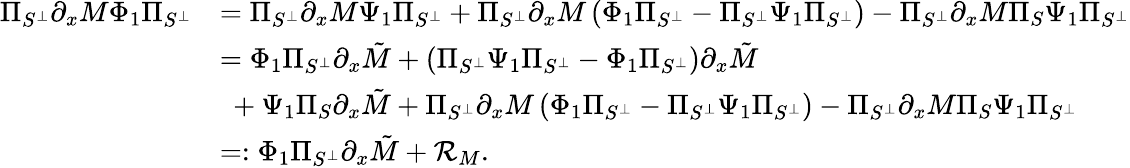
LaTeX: \begin{array}{rl}{\Pi_{S^{\perp}}\partial_{x}M\Phi_{1}\Pi_{S^{\perp}}}&{=\Pi_{S^{\perp}}\partial_{x}M\Psi_{1}\Pi_{S^{\perp}}+\Pi_{S^{\perp}}\partial_{x}M\left(\Phi_{1}\Pi_{S^{\perp}}-\Pi_{S^{\perp}}\Psi_{1}\Pi_{S^{\perp}}\right)-\Pi_{S^{\perp}}\partial_{x}M\Pi_{S}\Psi_{1}\Pi_{S^{\perp}}}\\ &{=\Phi_{1}\Pi_{S^{\perp}}\partial_{x}\tilde{M}+(\Pi_{S^{\perp}}\Psi_{1}\Pi_{S^{\perp}}-\Phi_{1}\Pi_{S^{\perp}})\partial_{x}\tilde{M}}\\ &{\ +\Psi_{1}\Pi_{S}\partial_{x}\tilde{M}+\Pi_{S^{\perp}}\partial_{x}M\left(\Phi_{1}\Pi_{S^{\perp}}-\Pi_{S^{\perp}}\Psi_{1}\Pi_{S^{\perp}}\right)-\Pi_{S^{\perp}}\partial_{x}M\Pi_{S}\Psi_{1}\Pi_{S^{\perp}}}\\ &{=:\Phi_{1}\Pi_{S^{\perp}}\partial_{x}\tilde{M}+\mathcal{R}_{M}.}\end{array}